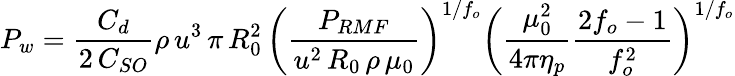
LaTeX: P_{w}={\frac{C_{d}}{2\, C_{SO}}}\rho\, u^{3}\, \pi\, R_{0}^{2}\, {\biggl(}{\frac{P_{RMF}}{u^{2}\, R_{0}\, \rho\, \mu_{0}}}{\biggr)}^{1/f_{o}}{\biggl(}{\frac{\mu_{0}^{2}}{4\pi\eta_{p}}}{\frac{2f_{o}-1}{f_{o}^{2}}}{\biggr)}^{1/f_{o}}